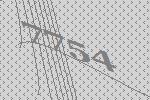
7754